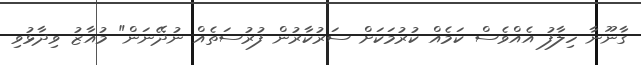
ގާނޫނާ ހިލާފު އެއްވެސް ކަމެއް ކުރުމަކަށް ސަރުކާރުން ފުރުސަތެއް ނުދޭނަން" މުއާޒު ވިދާޅުވި